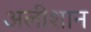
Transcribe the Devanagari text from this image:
अलीशान